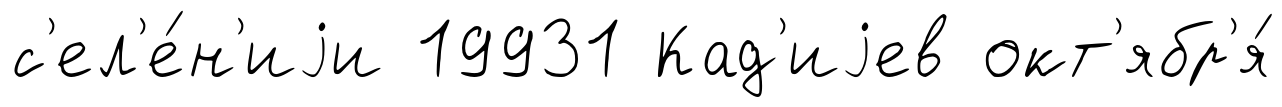
с'ел'е́н'иjи 19931 Кад'иjев окт'ябр'я́